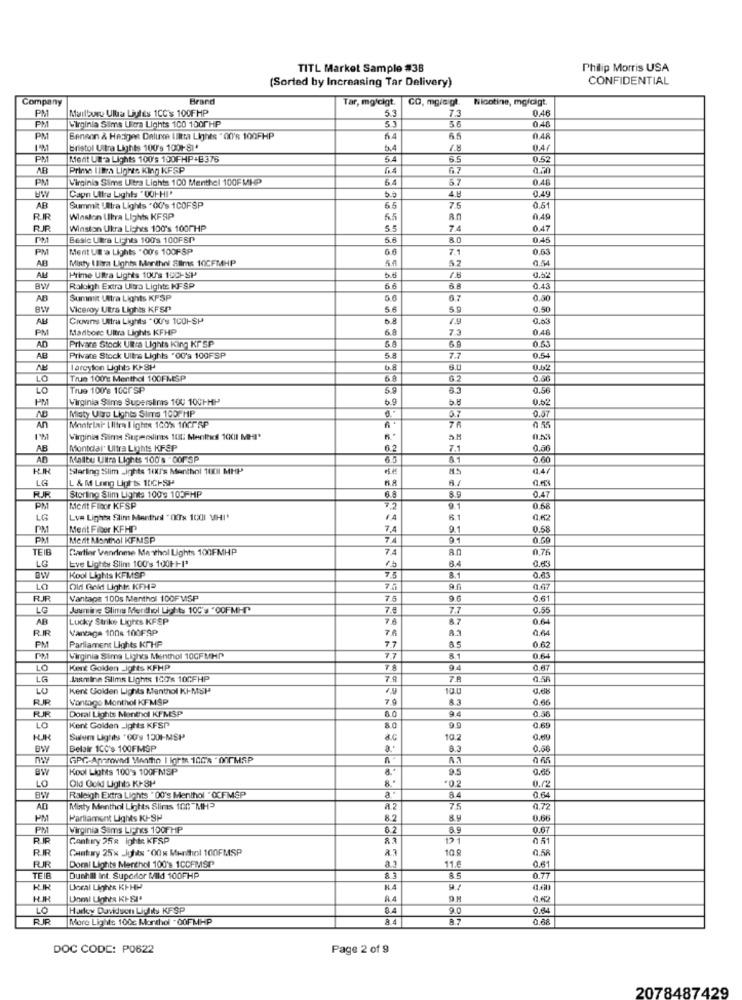
TITL Market Sample #38
Philip Morris USA
(Sorted by Increasing Tar Delivery)
CONFIDENTIAL
Company
Brand
Tar, mościgt.
CO, mgia gt.
Nicotine, mgldigt.
Malbuwe Ulla Liyhes 1CC's 100FHP
5.3
0.46
PM
Virginia Sims Ultra Lights 100 150PHP
7.3
56
0.46
PM
PM
Benson & Hedges Daluxe Ulltta Lights " 00'R 100FHP
64
6.5
0.48
bristol Ultra Lights 100's 1001-814
047
PM
Ment UN'a Light: 100's 100FHP+B 376
5.4
6.5
0.52
AB
Prime lima Lights King KFSP
67
0.50
PM
Virginia Sims Ultra Lights 100 Menthel 100FMHP
6
0.45
Capn Utfre Lights "001-HI'
0.49
AR
Summit Ultra Lights " OU's 1COFSP
65
7.5
0.51
RIR
Winston Ukra Lights KFSP
6.5
An
0.49
Winston Ukra Liches 100's 100PHP
5.5
74
0.47
PM
Besic Ultra Lights 100's 100FSP
5.6
8.0
0.4
PM
Merit Um a Lights "00's 100FSP
7.1
0.61
AR
Minty I Bira Lights Menthol Slims 10CFMHP
52
0.54
ALL
Prime Ultra Lights 100's 1001-SP
bud
Raleigh Extra Ultra Lights KFSP
6.6
0.41
AB
Summit Ultra Lights KFSP
67
0.50
BW
Viceroy Utra Lights KFSP
56
59
0,50
AL
Ciovens Ultra Lights "OU's 1CO1-SH
D.A
1.9
PM
Mariborc Ultra Lights KFHP
6.8
7.3
0.46
Privare Stock Ultra Lights King Kr SP
0.51
AD
AB
Private Stock Ultra Lights "00's 100FSP
5.8
7.7
0.54
I argyton Lights KJ-SP
6.0
LO
True 100'E Menthol 100FMSP
68
62
0.50
LO
True 100'8 1001 SP
5.9
6.3
0.56
Virginia Slime Superslims 100 1001-H-
0.62
Misty Ulire Lights Sims 100PHP
0.57
An
Mantelar Ilitra lightx 100% 100FRP
76
Virginia Simna Superdins 1UL: Menthdf 1001 MHI'
AB
Montdal Ultra Lights KFSP
6.2
7.1
0,80
AB
Malibu Ultra Liches 100's -001 SP
6.5
65
0.60
Starling Slim Lights 10/'s Menthol 1001 MHP
(1.47
LG
L & M Lang Ligh's 10CHSP
8.9
0.47
Storting Slim Lights 100's 103FHP
6.8
PM
Mert Ficor KFSP
9.1
0.68
LG
Lve Lights Slim Menthes "OCTx 1001 MHI"
14
61
PM
Merit Fiber KFHP
9.1
0.58
PM
Mert Monthol KFNSP
9.1
0.60
TEIB
Cartier Vandinme Me shol Lights 100FMHP
74
0.76
Eve Lights Slim 100's 100F-+1'
6.4
LG
75
8.1
BW
Kool Lights KFMSP
0.41
LO
Old Gold Lightr. KFHª
7.5
0.47
RJR
Vantaca 100s Menthol 100FMSP
7.5
96
0.61
LG
Jeanine Slims Menthol Lights 100's "OOFMHT"
7.8
7.7
0.55
AR
Lucky Strike Ligres KFSP
76
87
RIR
Vantage 100% 100FAP
8.3
0.64
PM
7.7
0.62
Parliament Lights KTHP
PM
Virginia Sima Lights Menthol 10GFMHP
7.7
81
0.64
LO
Kent Golden -Jgtts KFHP
94
0.67
LG
lashline Slims Lights 100's 10CFHP
7.9
0.56
LU
kerk Golden Lights Menthol KI-MSP
10.0
0.68
RR
Vontogo Monthol KIFMSP
7.4
0.66
RR
Doral Lights Menthol KFMSP
6.0
9.4
0.36
LO
Kent Golden _ights KFSP
8.0
9.9
0.65
Salem Lighets "GO's 1301-MSP
10.2
BW
Belair 1CC's 100FMSP
8.3
0.56
GPC-Approved Menthe I lotte 100'% " 00r MAP
Bw
Kool Lights 100'9 100FMSP
8.
9.5
0.55
*02
0.02
LO
Old Gold Lights KJ-SP
Raleigh Extra Lights " 00's Menthol " @CFMSP
84
0,64
AD
Minty Menthol Lights Sliras 100 "MH3
AZ
75
0.72
PM
Parliament Lights KI-SP
8.2
0,66
PM
Virginia Sims Li-hs 100FHP
6.2
6.9
0.67
RIR
Century 258 ight KFSP
12.
0 51
RR
Cuntary 25x Jobs "00x Menthol 100FMSP
10.8
0.58
11.6
0.61
Doral Lights Menthol 100's 1CCFMSP
TEIE
Dunhill Int. Superior Mild 100FHP
8 3
0.77
Local Lights KI-HP
N.4
84
LO
Harley Davidson Lighity KFSP
8.4
9.0
0.64
More Lights 100c Morthol .00FMHP
84
8.7
0.88
DOC CODE: P0622
Page 2 of 9
2078487429